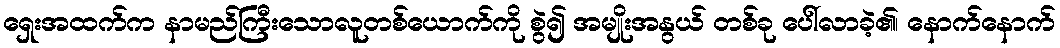
ရှေးအထက်က နာမည်ကြီးသောလူတစ်ယောက်ကို စွဲ၍ အမျိုးအနွယ် တစ်ခု ပေါ်လာခဲ့၏၊ နောက်နောက်